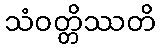
သံဝတ္တိဿတိ